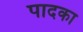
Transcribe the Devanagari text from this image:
पादका